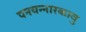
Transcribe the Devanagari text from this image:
पनयन्नारकावु